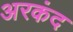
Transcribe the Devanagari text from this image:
अरकंद